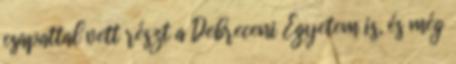
csapattal vett részt a Debreceni Egyetem is, és még